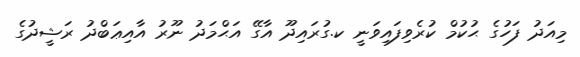
މިއަދު ފަހުގެ ޙުކުމް ކުރެވިފައިވަނީ ކ.ގުރައިދޫ އާގޭ އަޙްމަދު ނޫރު އާއިޢަބްދު ރަޝީދުގެ